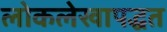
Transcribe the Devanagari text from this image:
लोकलेखापद्धत